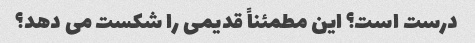
درست است؟ این مطمئناً قدیمی را شکست می دهد؟